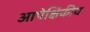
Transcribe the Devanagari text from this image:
आपेक्षिकीय